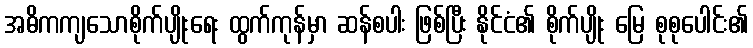
အဓိကကျသောစိုက်ပျိုးရေး ထွက်ကုန်မှာ ဆန်စပါး ဖြစ်ပြီး နိုင်ငံ၏ စိုက်ပျိုး မြေ စုစုပေါင်း၏